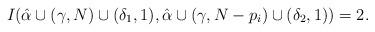
LaTeX: \begin{align*} I(\hat{\alpha}\cup{(\gamma,N)\cup{(\delta_{1},1)}},\hat{\alpha}\cup{(\gamma,N-p_{i})}\cup{(\delta_{2},1)})=2.\end{align*}